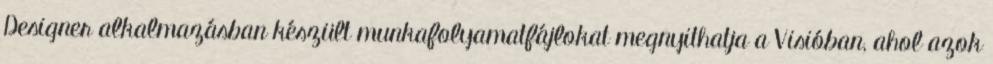
Designer alkalmazásban készült munkafolyamatfájlokat megnyithatja a Visióban, ahol azok